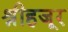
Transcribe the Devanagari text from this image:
श्रीहजूर